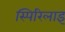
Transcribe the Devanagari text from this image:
स्पिरिलाइ